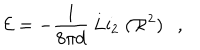
LaTeX: { \cal E } = - \frac { 1 } { 8 \pi d } \; \mathrm { L i } _ { 2 } \; ( { \cal R } ^ { 2 } ) \ \ \ ,